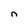
Character: n